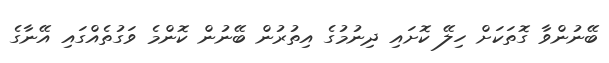
ބޭނުންވާ ގޮތަކަށް ހިލޭ ކޮށައި ދިނުމުގެ އިތުރުން ބޭނުން ކޮންމެ ވަގުތެއްގައި އޭނާގެ